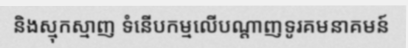
និងស្មុកស្មាញ ទំនើបកម្មលើបណ្តាញទូរគមនាគមន៍